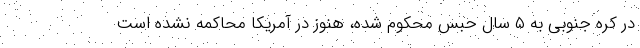
در کره جنوبی به ۵ سال حبس محکوم شده،‌ هنوز در آمریکا محاکمه نشده است